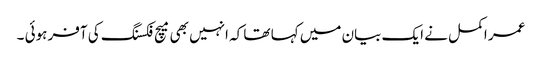
عمر اکمل نے ایک بیان میں کہا تھا کہ انہیں بھی میچ فکسنگ کی آفر ہوئی ۔